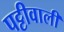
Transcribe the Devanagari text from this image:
पट्टीवाली